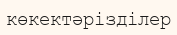
көкектәрізділер